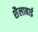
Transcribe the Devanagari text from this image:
शैलाबाई